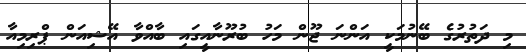
މި ދަތުރުގެ ބޭނުމަކީ އަންނަ ޖޫން މަހު ބުރޫނާއީގައި ބާއްވާ އޭޝިއަން ޕްރިމިއާ